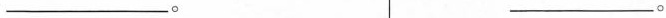
___。____。